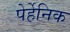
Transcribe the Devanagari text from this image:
पेर्हेनिक